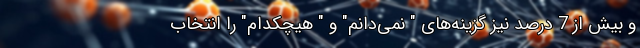
و بیش از 7 درصد نیز گزینه‌های " نمی‌دانم" و " هیچکدام" را انتخاب